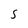
Character: S